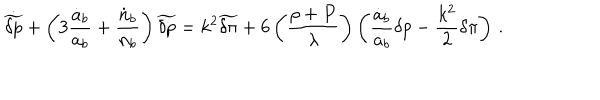
LaTeX: \dot { \widetilde { \delta p } } + \left( 3 { \frac { \dot { a } _ { b } } { a _ { b } } } + { \frac { \dot { n } _ { b } } { n _ { b } } } \right) \widetilde { \delta p } = k ^ { 2 } \widetilde { \delta \pi } + 6 \left( { \frac { \rho + P } { \lambda } } \right) \left( { \frac { \dot { a } _ { b } } { a _ { b } } } \delta p - { \frac { k ^ { 2 } } { 2 } } \delta \pi \right) \, .